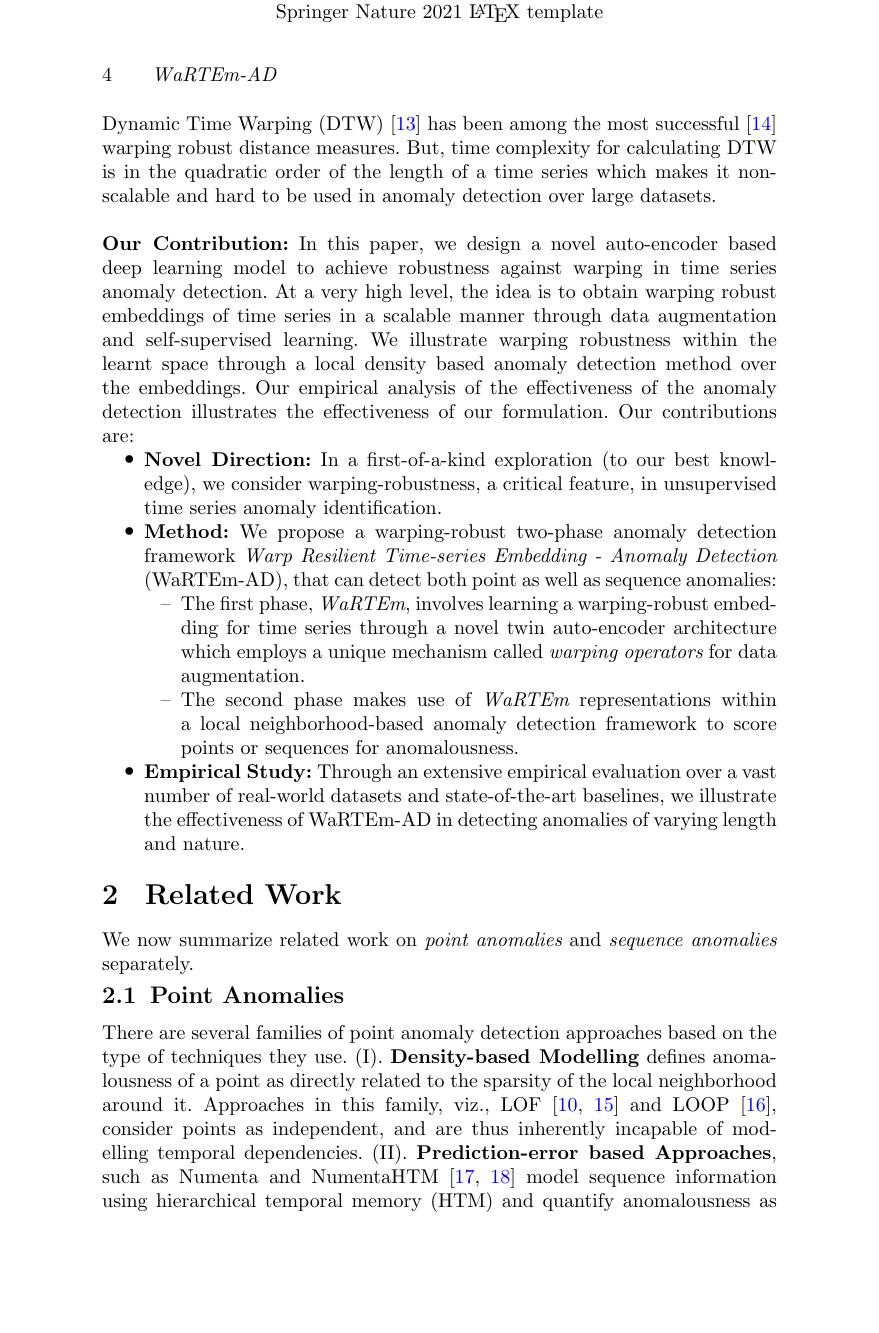
Springer Nature 2021 IATEX template

4 $WaRTEm- AD$

Dynamic Time Warping (DTW) [13] has been among the most successful [14] warping robust distance measures. But, time complexity for calculating DTW is in the quadratic order of the length of a time series which makes it nonscalable and hard to be used in anomaly detection over large datasets.

Our Contribution: In this paper, we design a novel auto-encoder based deep learning model to achieve robustness against warping in time series anomaly detection. At a very high level, the idea is to obtain warping robust embeddings of time series in a scalable manner through data augmentation and self-supervised learning. We illustrate warping robustness within the learnt space through a local density based anomaly detection method over the embeddings. Our empirical analysis of the effectiveness of the anomaly detection illustrates the effectiveness of our formulation. Our contributions are:
$\bullet$ Novel Direction: In a first-of-a-kind exploration (to our best knowl-
edge), we consider warping-robustness, a critical feature, in unsupervised
time series anomaly identification.
$\bullet$ Method: We propose a warping-robust two-phase anomaly detection
framework $Warp\textit{Resilient Time- series Embedding - Anomaly Detection}$ (WaRTEm-AD),that can detect both point as well as sequence anomalies:
The first phase, $WaRTEm$, involves learning a warping-robust embedding for time series through a novel twin auto-encoder architecture which employs a unique mechanism called $warping\textit{operators for data}$ augmentation.
- The second phase makes use of WaRTEm representations within
a local neighborhood-based anomaly detection framework to score
points or sequences for anomalousness.
$\bullet$ Empirical Study: Through an extensive empirical evaluation over a vast
number of real-world datasets and state-of-the-art baselines, we illustrate the effectiveness of WaRTEm-AD in detecting anomalies of varying length and nature.

# 2 Related Work

We now summarize related work on $point\textit{anomalies and sequence anomalies}$
separately.

# 2.1 Point Anomalies

There are several families of point anomaly detection approaches based on the type of techniques they use. (I). Density-based Modelling defines anomalousness of a point as directly related to the sparsity of the local neighborhood around it. Approaches in this family, viz., LOF [10,15] and LOOP [16], consider points as independent, and are thus inherently incapable of modelling temporal dependencies. (II). Prediction-error based Approaches, such as Numenta and NumentaHTM [17,18] model sequence information using hierarchical temporal memory (HTM) and quantify anomalousness as